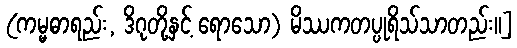
(ကမ္မဓာရည်း, ဒိဂုတို့နှင့် ရောသော) မိဿကတပ္ပုရိသ်သာတည်း။]